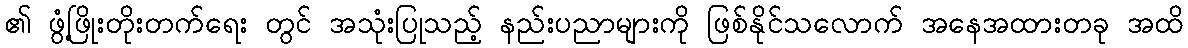
၏ ဖွံ့ဖြိုးတိုးတက်ရေး တွင် အသုံးပြုသည့် နည်းပညာများကို ဖြစ်နိုင်သလောက် အနေအထားတခု အထိ